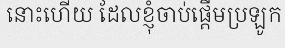
នោះហើយ ដែលខ្ញុំចាប់ផ្តើមប្រឡូក